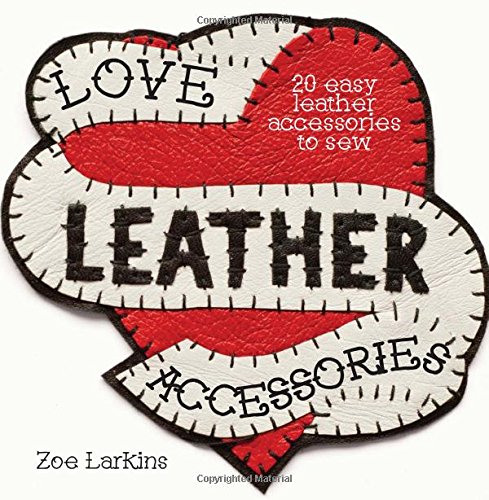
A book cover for Love Leather Accessories: 20 Easy Leather Accessories to Sew; Zoe Larkins; Crafts, Hobbies & Home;